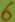
Text: 6